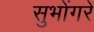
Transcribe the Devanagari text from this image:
सुभोंगरे